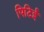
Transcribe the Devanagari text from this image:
पिटिई